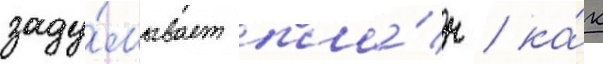
заду́мывает пла́н / ка́к